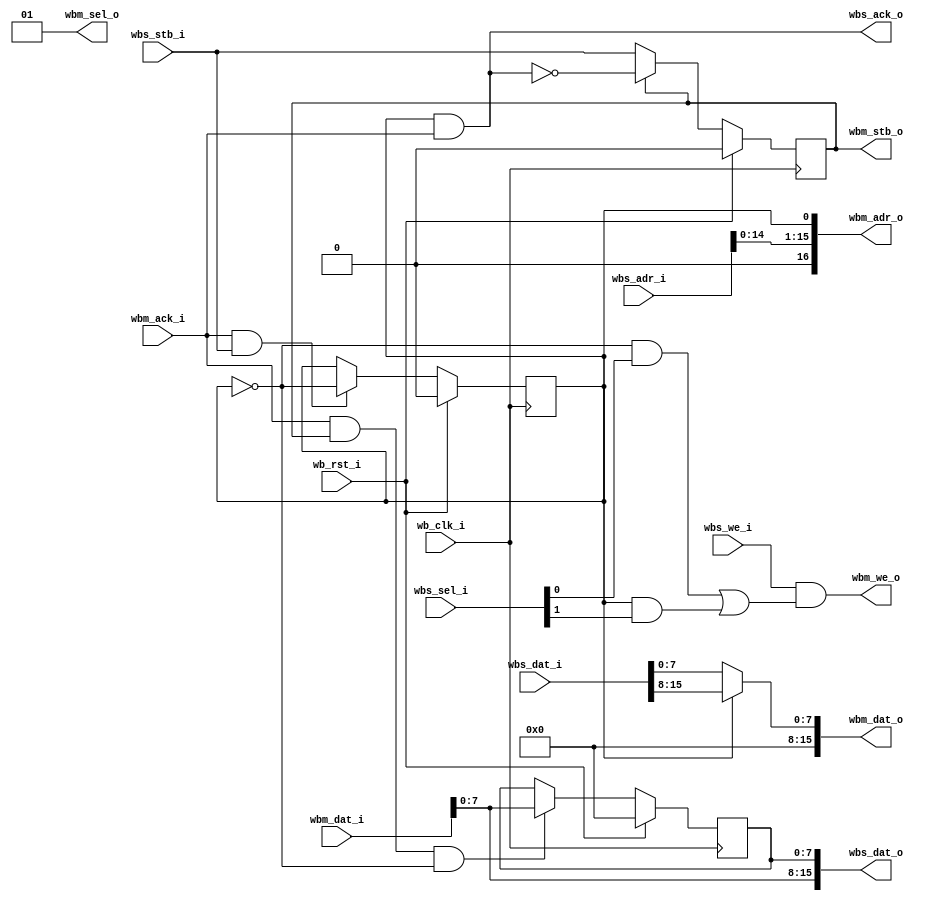
module vga_c4_iface (
    // Wishbone common signals
    input         wb_clk_i,
    input         wb_rst_i,

    // Wishbone slave interface
    input  [16:1] wbs_adr_i,
    input  [ 1:0] wbs_sel_i,
    input         wbs_we_i,
    input  [15:0] wbs_dat_i,
    output [15:0] wbs_dat_o,
    input         wbs_stb_i,
    output        wbs_ack_o,

    // Wishbone master to SRAM
    output     [17:1] wbm_adr_o,
    output     [ 1:0] wbm_sel_o,
    output            wbm_we_o,
    output     [15:0] wbm_dat_o,
    input      [15:0] wbm_dat_i,
    output reg        wbm_stb_o,
    input             wbm_ack_i
  );

  // Registers and nets
  reg        plane_low;
  reg  [7:0] dat_low;
  wire       cont;

  // Continuous assignments
  assign wbs_ack_o = (plane_low & wbm_ack_i);
  assign wbm_adr_o = { 1'b0, wbs_adr_i[15:2], wbs_adr_i[1], plane_low };
  assign wbs_dat_o = { wbm_dat_i[7:0], dat_low };
  assign wbm_sel_o = 2'b01;
  assign wbm_dat_o = { 8'h0, plane_low ? wbs_dat_i[15:8] : wbs_dat_i[7:0] };
  assign wbm_we_o  = wbs_we_i & ((!plane_low & wbs_sel_i[0])
                                | (plane_low & wbs_sel_i[1]));

  assign cont = wbm_ack_i && wbs_stb_i;

  // Behaviour
  // wbm_stb_o
  always @(posedge wb_clk_i)
    wbm_stb_o <= wb_rst_i ? 1'b0 : (wbm_stb_o ? ~wbs_ack_o : wbs_stb_i);

  // plane_low
  always @(posedge wb_clk_i)
    plane_low <= wb_rst_i ? 1'b0 : (cont ? !plane_low : plane_low);

  // dat_low
  always @(posedge wb_clk_i)
    dat_low <= wb_rst_i ? 8'h0
      : ((wbm_ack_i && wbm_stb_o && !plane_low) ? wbm_dat_i[7:0] : dat_low);

endmodule